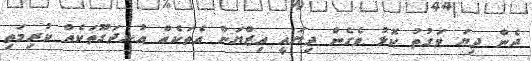
ދެން ދިޔަ ވަގުތު ކޮޅު ވެގެން ދިޔައީ އިޒްޔަން އެތަކެއް އުނދަގޫތަކެއް ކުރިމަތި